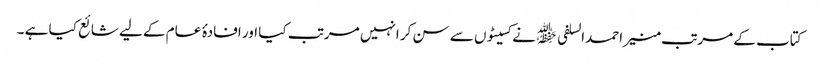
کتاب کے مرتب منیر احمدالسلفی ﷾ نے کسیٹوں سے سن کر انہیں مرتب کیا اور افادۂ عام کے لیے شائع کیا ہے ۔